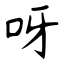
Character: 呀